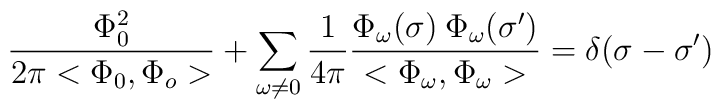
\frac{\Phi_0^2}{2\pi<\Phi_0,\Phi_o>} + \sum_{\omega \neq 0}\frac{1}{4\pi}\frac{\Phi_\omega(\sigma)\:\Phi_\omega(\sigma^\prime)}{<\Phi_\omega,\Phi_\omega>}=\delta(\sigma-{\sigma^\prime})